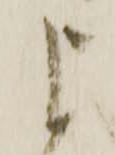
申